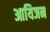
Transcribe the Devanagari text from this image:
आयिजन